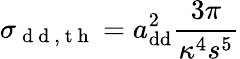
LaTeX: \sigma_{\mathrm{~d~d~,~t~h~}}=a_{\mathrm{{dd}}}^{2}\frac{3\pi}{\kappa^{4}s^{5}}